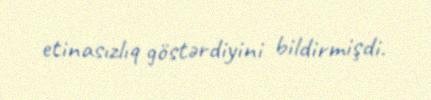
etinasızlıq göstərdiyini bildirmişdi.